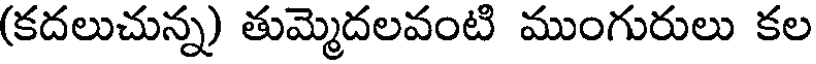
(కదలుచున్న) తుమ్మెదలవంటి ముంగురులు కల